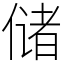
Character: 储